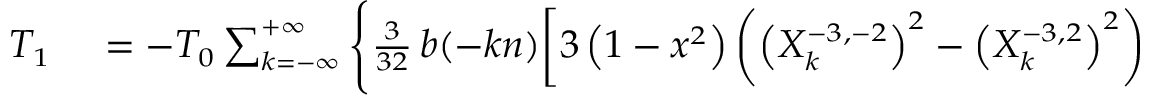
\small \begin{array} { r l } { T _ { 1 } } & { { } = - { \cal T } _ { 0 } \sum _ { k = - \infty } ^ { + \infty } \Bigg \{ \frac { 3 } { 3 2 } \, b ( - k n ) \bigg [ 3 \left( 1 - x ^ { 2 } \right) \left( \left( X _ { k } ^ { - 3 , - 2 } \right) ^ { 2 } - \left( X _ { k } ^ { - 3 , 2 } \right) ^ { 2 } \right) } \end{array}